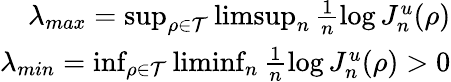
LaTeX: \begin{array}{r}{\lambda_{max}=\operatorname*{sup}_{\rho\in\mathcal{T}}\operatorname*{limsup}_{n}\frac{1}{n}\log J_{n}^{u}(\rho)}\\ {\lambda_{min}=\operatorname*{inf}_{\rho\in\mathcal{T}}\operatorname*{liminf}_{n}\frac{1}{n}\log J_{n}^{u}(\rho)>0}\end{array}